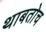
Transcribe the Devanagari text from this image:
थाबतोच